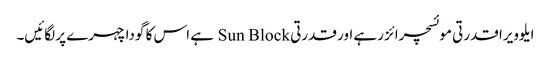
ایلوویرا قدرتی موئسچرائز رہے اور قدرتی Sun Block ہے اس کا گودا چہرے پر لگائیں۔